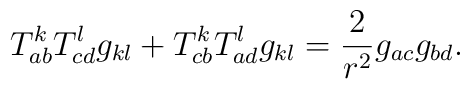
T_{ab}^kT_{cd}^lg_{kl}+T_{cb}^kT_{ad}^lg_{kl}=\frac 2{r^2}g_{ac}g_{bd}.